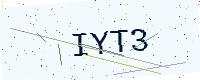
Text: IYT3